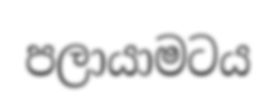
පලායාමටය